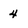
Character: 4